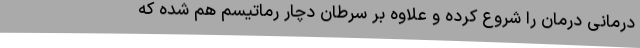
درمانی درمان را شروع کرده و علاوه بر سرطان دچار رماتیسم هم شده که